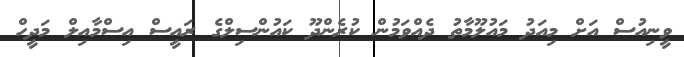
ވީނިިއުސް އަށް މިއަދު މައުލޫމާތު ދެއްވަމުން ކުރެންދޫ ކައުންސިލްގެ ރައީސް އިސްމާއިލް މަދީހް